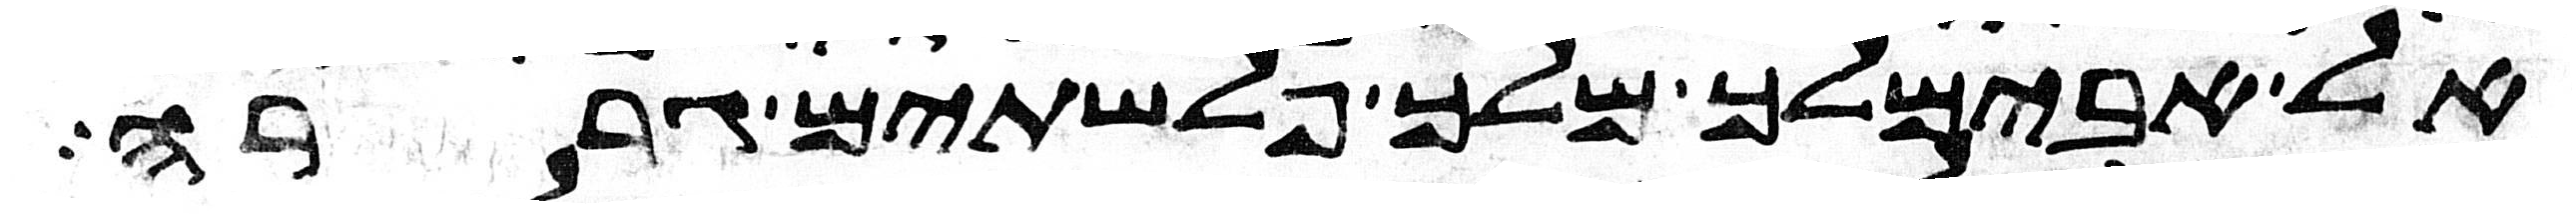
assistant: אל אבימלך מלך פלשתים גררה